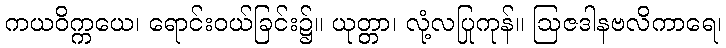
ကယဝိက္ကယေ၊ ရောင်းဝယ်ခြင်း၌။ ယုတ္တာ၊ လုံ့လပြုကုန်။ ဩဇဒါနဗလိကာရေ၊